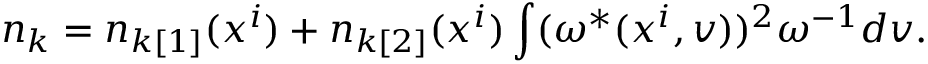
n _ { k } = n _ { k [ 1 ] } ( x ^ { i } ) + n _ { k [ 2 ] } ( x ^ { i } ) \int ( \omega ^ { * } ( x ^ { i } , v ) ) ^ { 2 } \omega ^ { - 1 } d v .